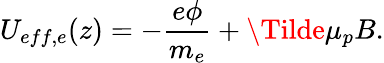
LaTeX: U_{eff,e}(z)=-\frac{e\phi}{m_{e}}+\Tilde{\mu}_{p}B.